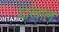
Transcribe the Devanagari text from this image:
दाखाल